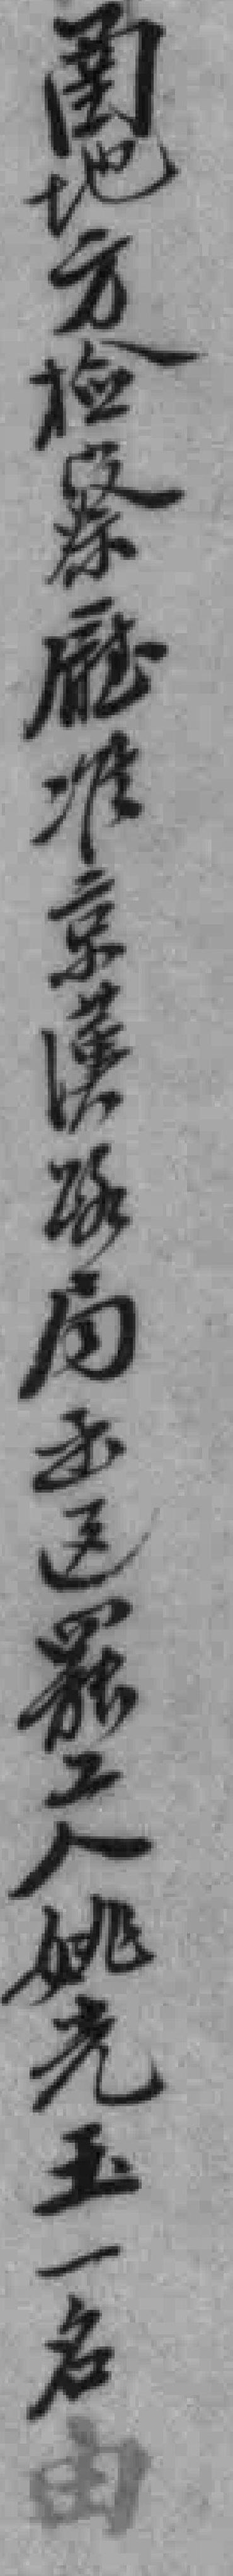
圅地方检查廰准京漢路局函送罷工人姚光玉一名由